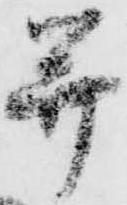
并